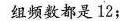
组频数都是12；